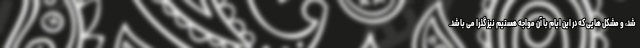
شد، و مشکل هایی که در این ایام با آن مواجه هستیم نیز گذرا می باشد.